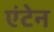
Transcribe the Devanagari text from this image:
एंटेन